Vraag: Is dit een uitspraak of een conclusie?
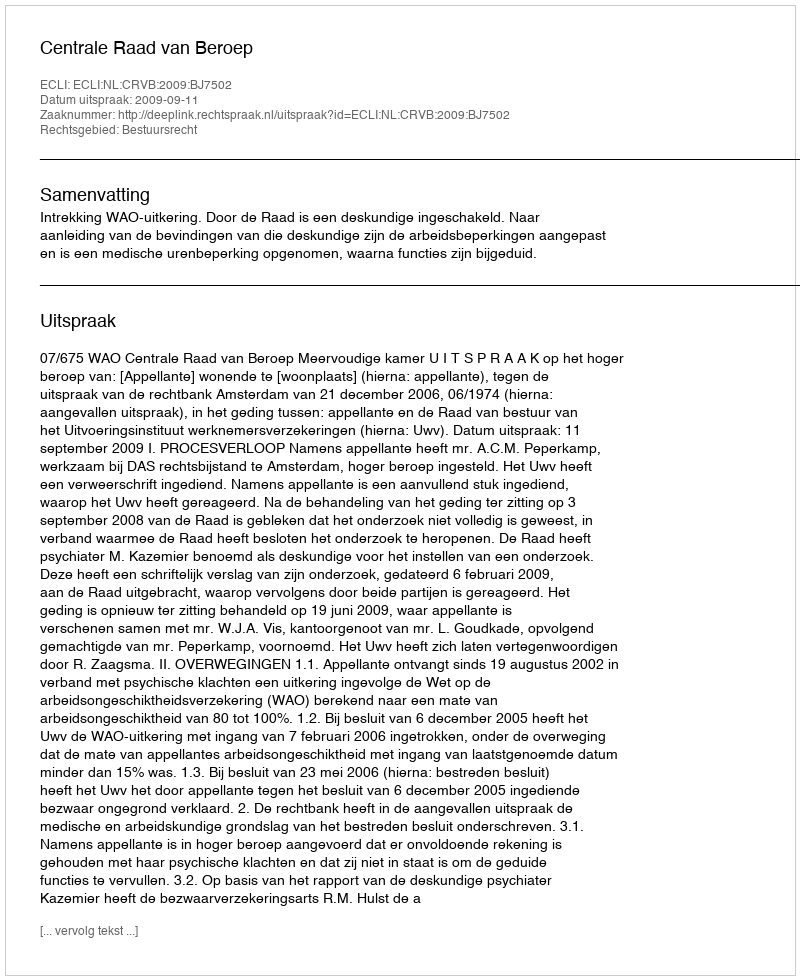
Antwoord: Uitspraak